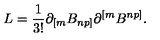
L = { \frac { 1 } { 3 ! } } \partial _ { [ m } B _ { n p ] } \partial ^ { [ m } B ^ { n p ] } .